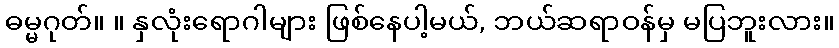
ဓမ္မဂုတ်။ ။ နှလုံးရောဂါများ ဖြစ်နေပါ့မယ်, ဘယ်ဆရာဝန်မှ မပြဘူးလား။